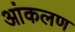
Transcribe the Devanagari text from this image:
आंकलण